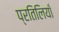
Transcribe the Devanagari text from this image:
प्रतिलियाँ